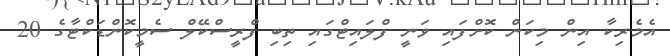
އެމެރިކާ އިން މިކަން ކޮށްފައި ވަނީ ފްލައިޓްގައި ތިބި ފްރީސްކޭލް ސެމީކޮންޑަކްޓާގެ 20